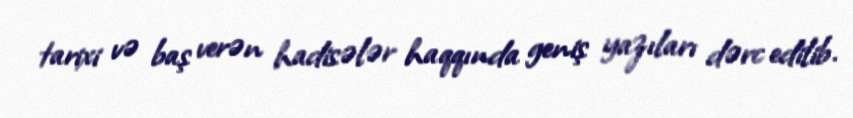
tarixi və baş verən hadisələr haqqında geniş yazıları dərc edilib.